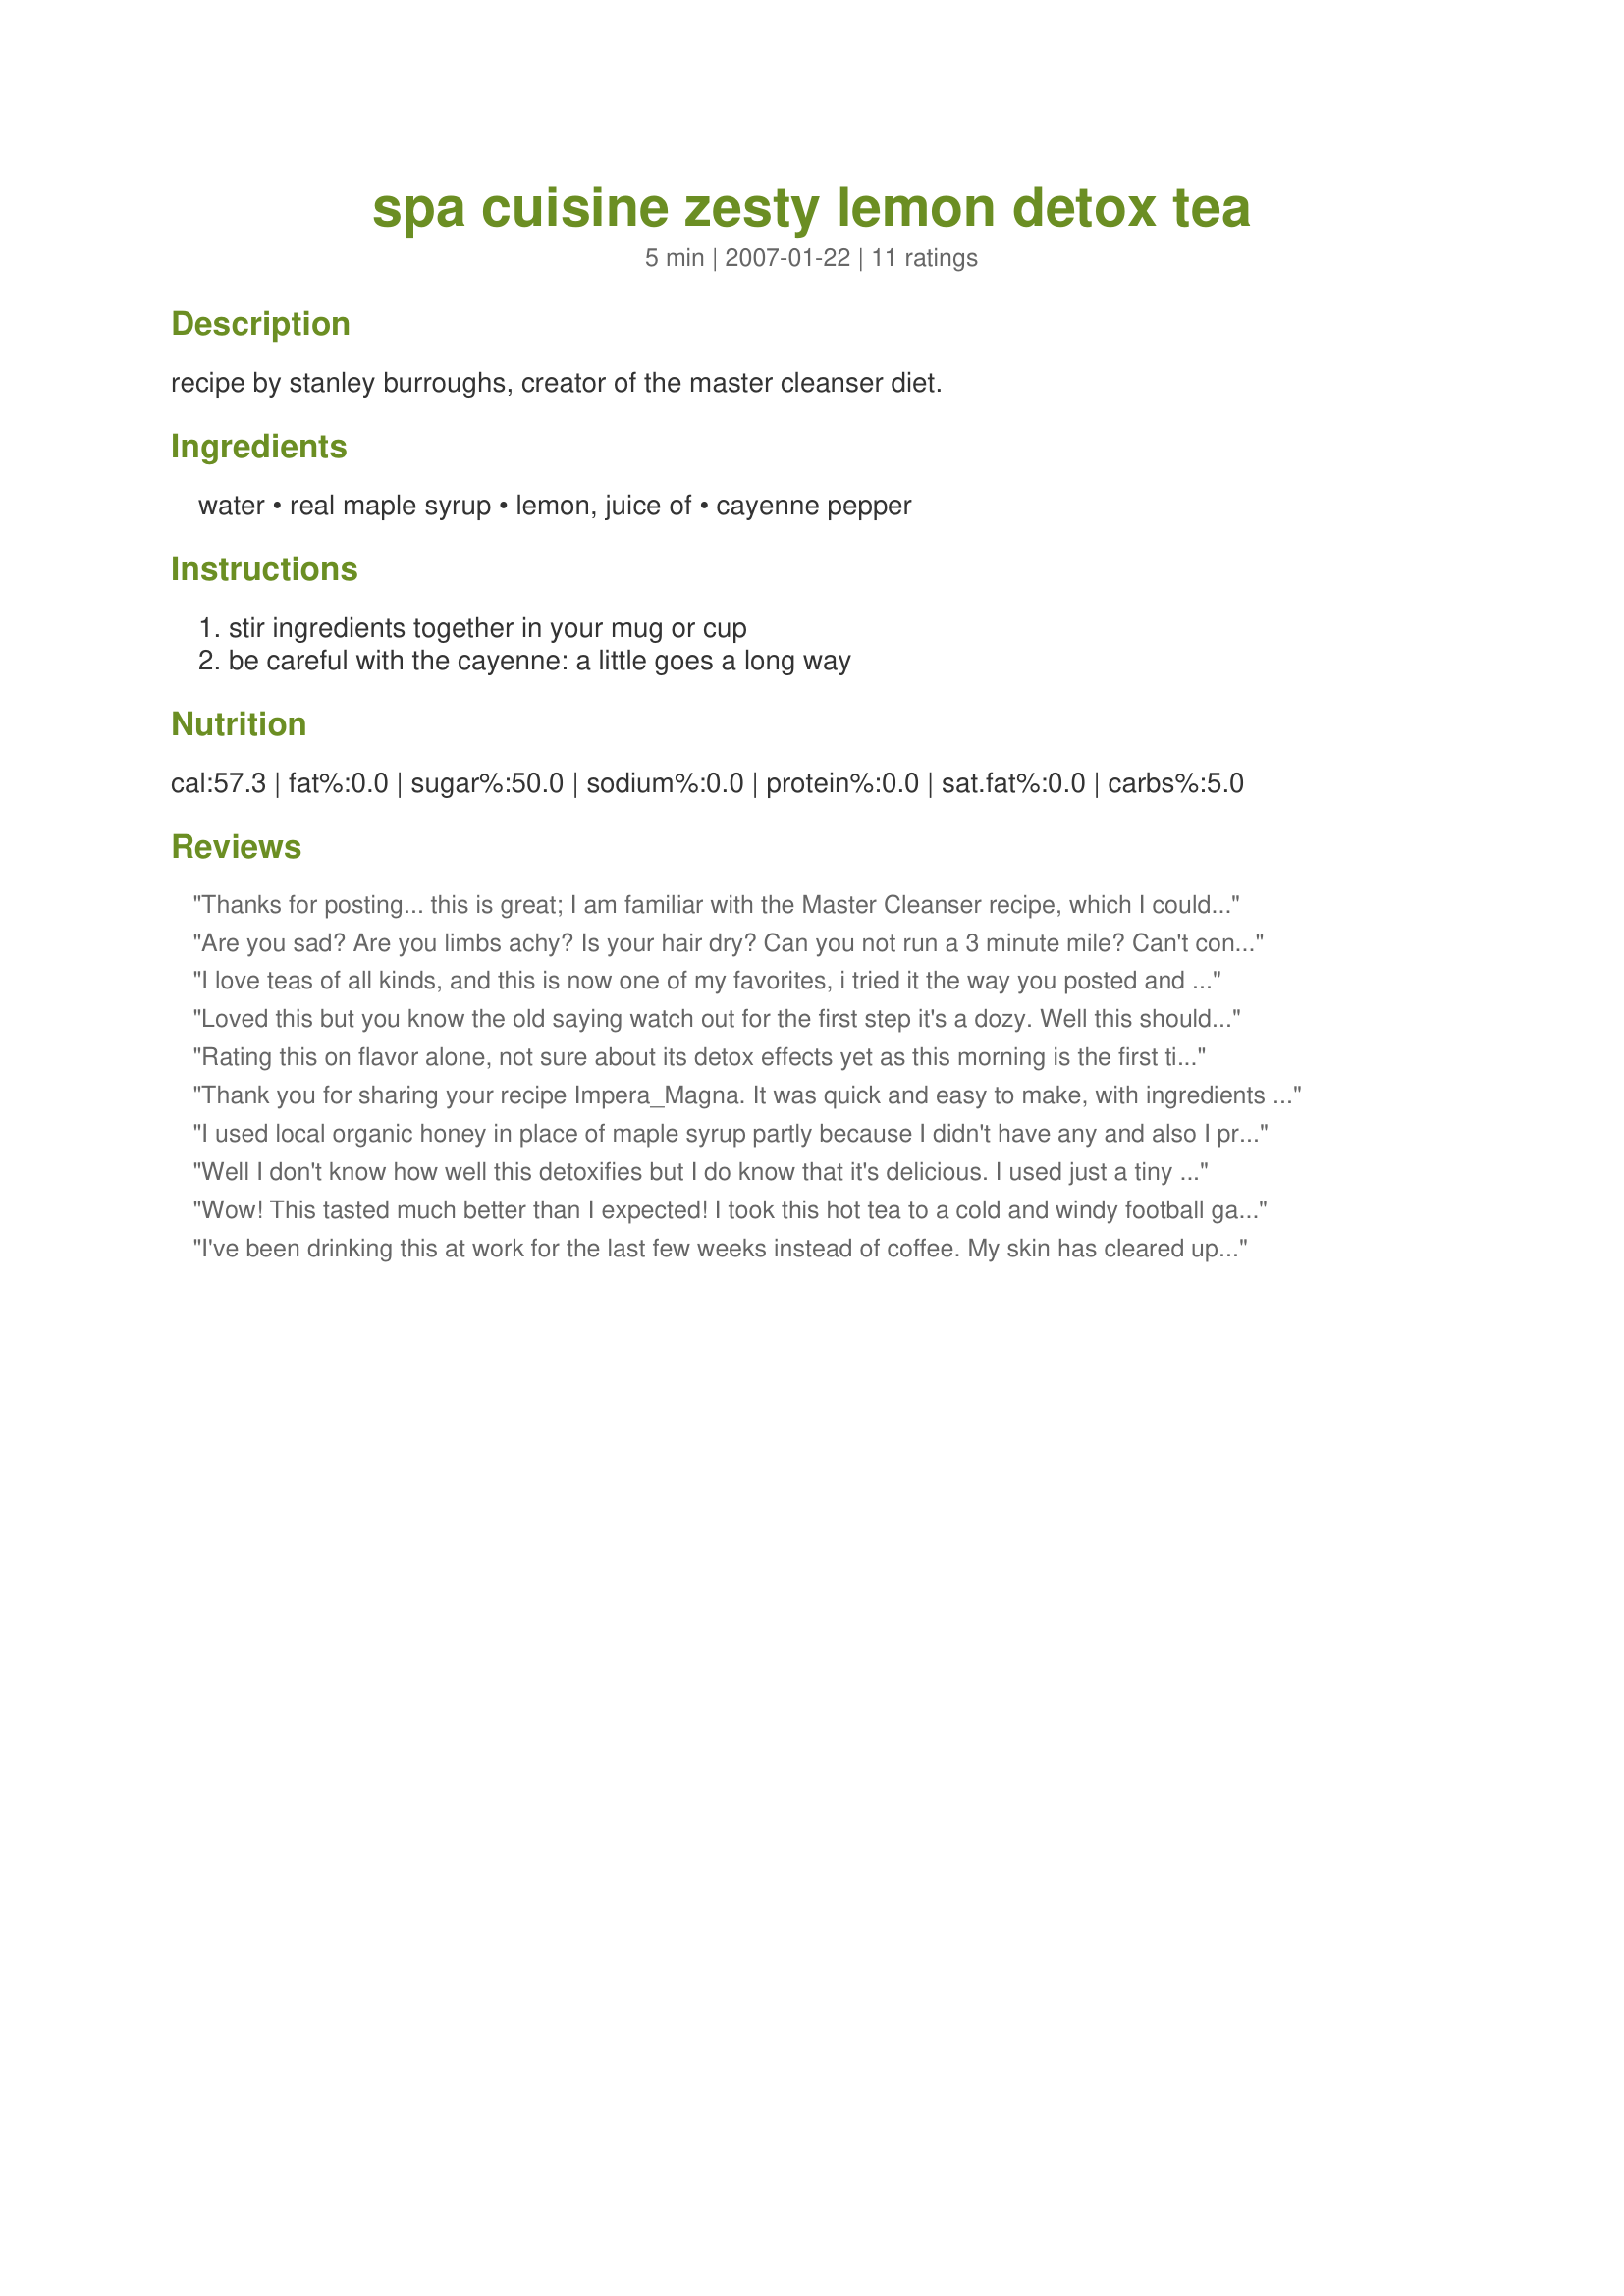
spa cuisine zesty lemon detox tea
Preparation time: 5 minutes

recipe by stanley burroughs, creator of the master cleanser diet.

Ingredients:
water, real maple syrup, lemon, juice of, cayenne pepper

Steps:
stir ingredients together in your mug or cup, be careful with the cayenne: a little goes a long way

Reviews:
Thanks for posting... this is great; I am familiar with the Master Cleanser recipe, which I couldn't follow, probably because it had too much maple syrup. The reviewer's suggestion about agave is perfect with this.
Are you sad? Are you limbs achy? Is your hair dry? Can you not run a 3 minute mile? Can't concentrate while playing pinochle? Do you have trouble knitting, juggling or tap dancing? Do you sometimes think about cookies and cakes? If so, then yes, I would agree that you are clearly in need of detox tea.
I love teas of all kinds, and this is now one of my favorites, i tried it the way you posted and i tried it with organic blue agave like reviews mentioned and it was soo good both ways. I can't wait to start feeling the benefits from drinking this every morning! Thank you Impera for sharing this recipe, its awesome!
Loved this but you know the old saying watch out for the first step it's a dozy. Well this should have a label that says watch out for that first sip. Did head the warring and was careful with the cayenne pepper, however that very first sip still had more kick then anticipated. This is a fantastic new twist on the old hot lemon and honey. Will be making this often and yes it will always have the cayenne pepper. Thanks so much for the post.
Rating this on flavor alone, not sure about its detox effects yet as this morning is the first time I tried it. I used bottled lemon juice, bottled water (doubled - 1 cup water, 3 tbsp lemon juice), and a pinch of cayenne. I also added a tsp or so of honey, and a dash of ground ginger. Zingy, spicy. slightly tart, tiny bit sweet. Hope my digestive problems can handle it though. Hope to write back soon and update. :) Thanks, Impera_Magna.
Thank you for sharing your recipe Impera_Magna. It was quick and easy to make, with ingredients that are always on hand. I added a large pinch of cayenne and used honey instead of maple syrup, as I was out. It worked well in this tasty tea.
I used local organic honey in place of maple syrup partly because I didn't have any and also I prefer the taste of honey I think. I added a pinch cayenne. It wasn't really sweet or having much flavour then I added a tbs organic apple cider vinegar. That made it taste better to me and it is said to be healthy.
Well I don't know how well this detoxifies but I do know that it's delicious. I used just a tiny pinch of cayenne and otherwise prepared the tea as directed. Made to Best of 2010 Tag.
Wow! This tasted much better than I expected! I took this hot tea to a cold and windy football game today. It warmed me up from the inside out. I loved the kick from the ceyenne and the tang from the lemon. I added just a small squeeze of agave nectar to balance out the two and it was just perfect. I plan to drink this between meals all week.
I've been drinking this at work for the last few weeks instead of coffee. My skin has cleared up noticeably and I find I don't need the caffeine jolt in the morning to get me going. Even though it's lemon season now I don't always have one available, so I keep freshly squeezed lemon juice ice cubes in the freezer and just pop one into a mug and add hot water. I also use a packet of Splenda to take away the "pucker." If I have ginger root available I also add a sliver of that to the mug, and a nice dash of cayenne pepper, it really adds some zing to my morning. Thanks!
I make something similar to this often, but different amounts. This was very good and I will make it again! Thanks! Made for the Comfort Cafe-Snow Queens round.
